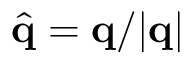
\hat { \mathbf { q } } = \mathbf { q } / | \mathbf { q } |